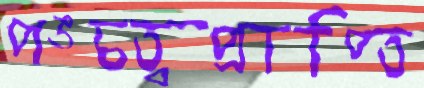
পঙ্চত্বপ্রাপ্তি